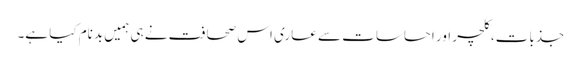
جذبات، کلچر اور احساسات سے عاری اس صحافت نے ہی ہمیں بدنام کیا ہے۔